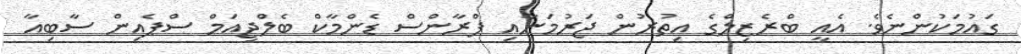
ގައުމަކުންނެވެ. އެއީ ބްރެޒިލްގެ އިތުރުން ޖަރުމަނާއި ފްރާންސް ޑެންމާކް ބެލްޖިއަމް ސްޕެއިން ސާބިއާ